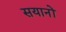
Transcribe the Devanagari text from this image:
सयानों